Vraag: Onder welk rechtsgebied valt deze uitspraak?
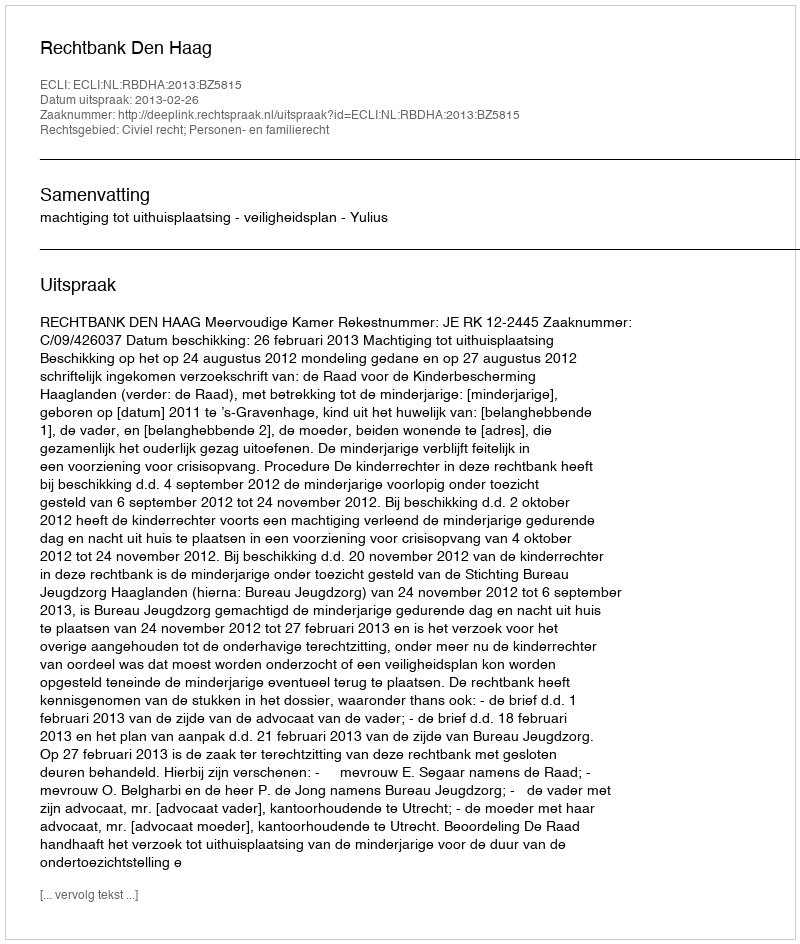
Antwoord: Civiel recht; Personen- en familierecht